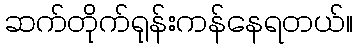
ဆက်တိုက်ရုန်းကန်နေရတယ်။